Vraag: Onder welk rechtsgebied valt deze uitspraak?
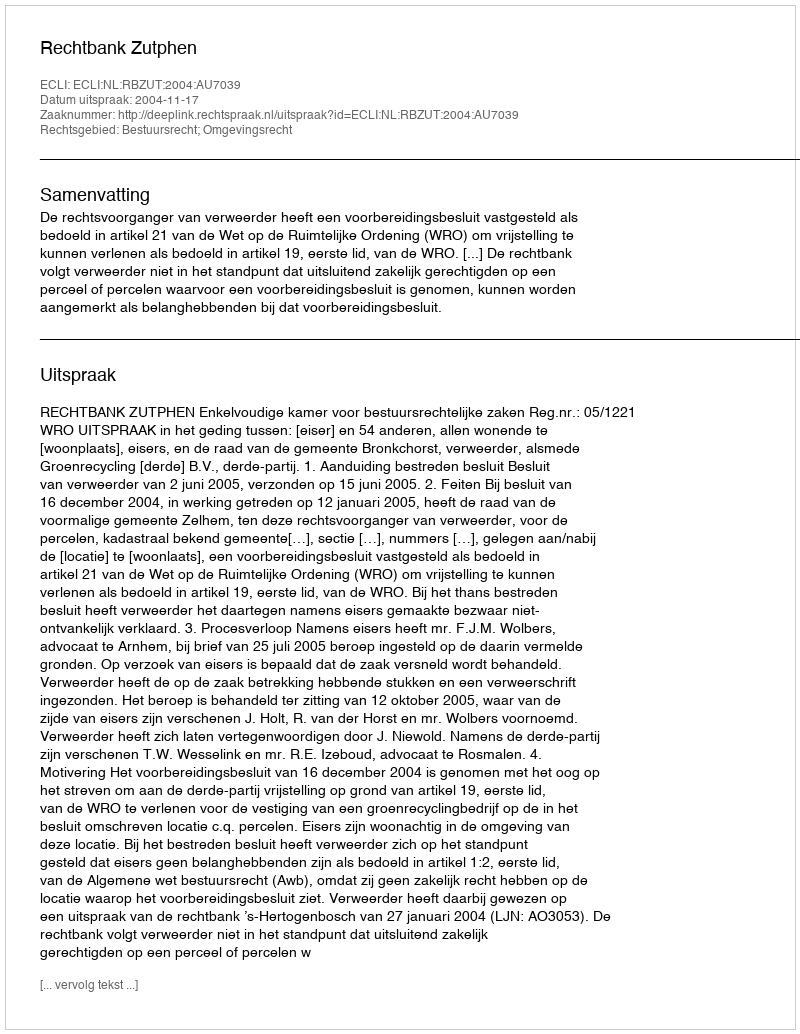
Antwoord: Bestuursrecht; Omgevingsrecht